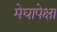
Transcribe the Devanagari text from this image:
मेघापेक्षा